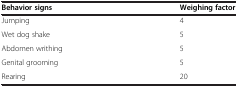
<table><thead><tr><td><b>Behavior signs</b></td><td><b>Weighing factor</b></td></tr></thead><tbody><tr><td>Jumping</td><td>4</td></tr><tr><td>Wet dog shake</td><td>5</td></tr><tr><td>Abdomen writhing</td><td>5</td></tr><tr><td>Genital grooming</td><td>5</td></tr><tr><td>Rearing</td><td>20</td></tr></tbody></table>